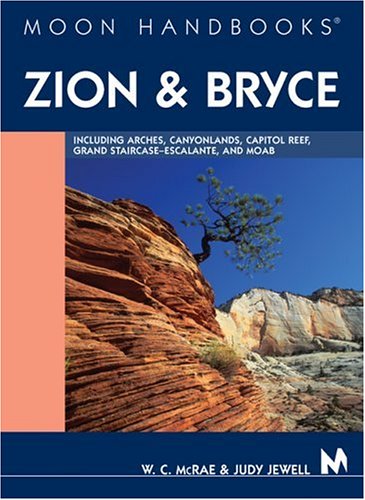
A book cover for Zion and Bryce: Including Arches, Canyonlands, Capitol Reef, Escalante, and Moab (Moon Zion & Bryce); W. C. McRae; Travel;